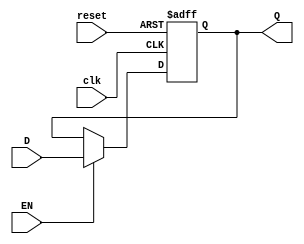
module FlipF(input wire clk, reset, EN,
            input wire D,
            output reg Q);

always @ (posedge clk or posedge reset)begin
  if (reset) begin
      Q <= 1'b0;
  end
  else if (EN) begin
      Q <= D;
  end
  end

endmodule


module FlipFJK(input clk, reset, EN, J, K, output wire Q);

wire sal1;
wire sal2;
wire sal3;
wire sal4;
wire sal5;
wire S0;

not(sal1,S0);
not(sal2,K);
nand(sal3,J,sal1);
nand(sal4, sal2, S0);
nand(Q, sal3, sal4);

FlipF jk(clk, reset, EN, Q, S0);

endmodule